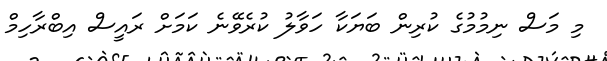
މި މަސް ނިމުމުގެ ކުރިން ބަޔަކާ ހަވާލު ކުރެވޭނެ ކަމަށް ރައީސް އިބްރާހިމް